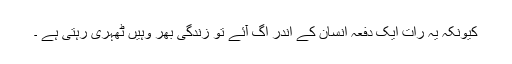
کیونکہ یہ رات ایک دفعہ انسان کے اندر اگ آئے تو زندگی بھر وہیں ٹھہری رہتی ہے ۔